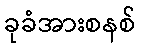
ခုခံအားစနစ်